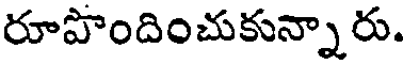
రూపొందించుకున్నారు.